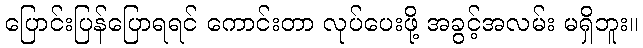
ပြောင်းပြန်ပြောရရင် ကောင်းတာ လုပ်ပေးဖို့ အခွင့်အလမ်း မရှိဘူး။